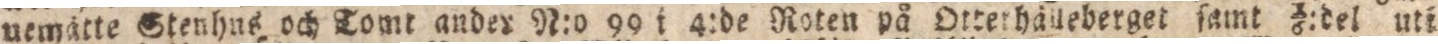
uemätte Stenhus och tomt ander N:o 99 i 4:de Roten på Otterhälleberget ſamt 1/6:del uti